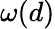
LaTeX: \omega(d)